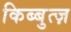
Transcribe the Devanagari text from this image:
किब्बुत्ज़